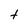
Character: t